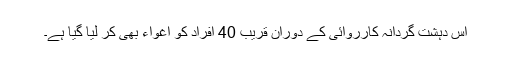
اس دہشت گردانہ کارروائی کے دوران قریب 40 افراد کو اغواء بھی کر لیا گیا ہے۔